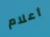
أعلام